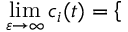
\operatorname* { l i m } _ { \varepsilon \to \infty } c _ { i } ( t ) = \left\{ \begin{array} { r l } \end{array} \right.